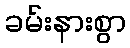
ခမ်းနားစွာ